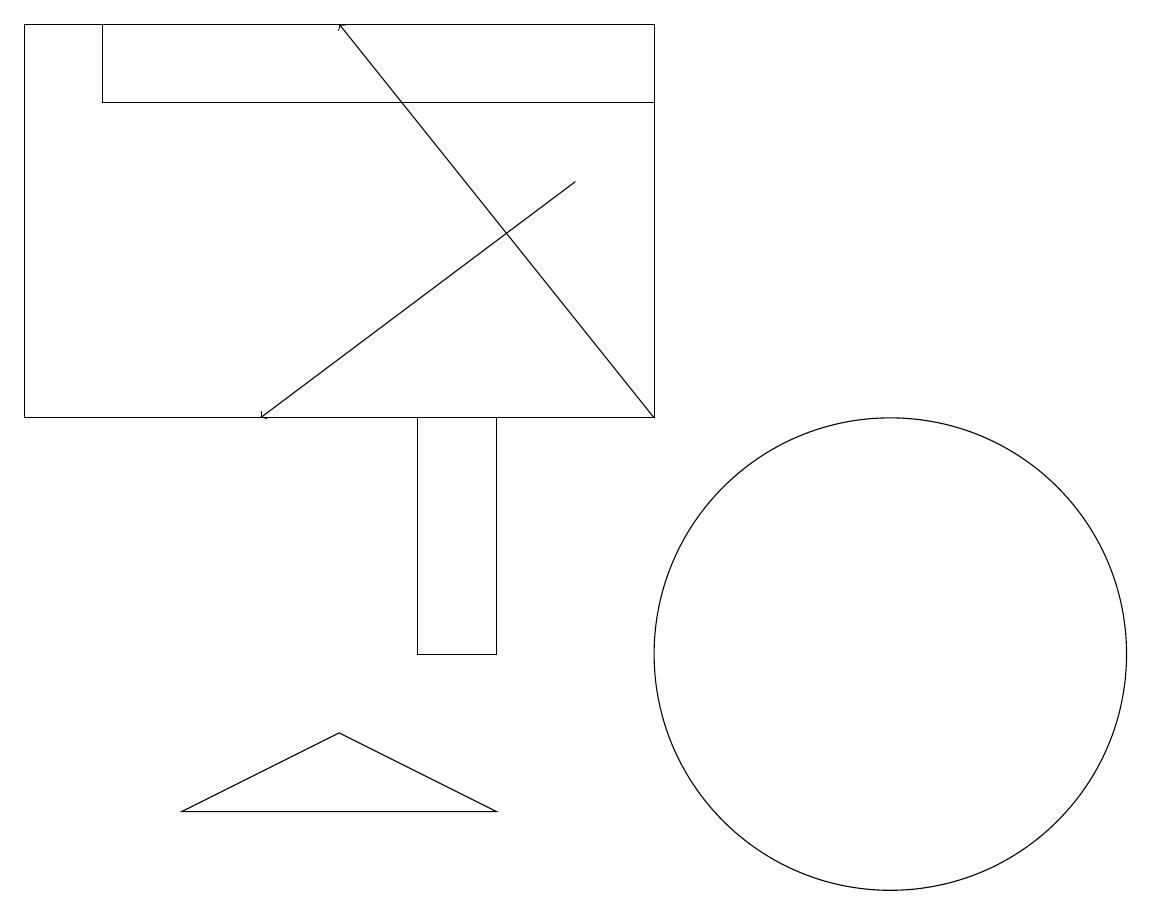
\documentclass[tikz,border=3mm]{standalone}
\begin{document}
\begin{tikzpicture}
\draw (5,10) rectangle (6,13);
\draw[->] (8,13) -- (4,18);
\draw (2,8) -- (6,8) -- (4,9) -- cycle;
\draw[->] (7,16) -- (3,13);
\draw (11,10) circle (3);
\draw (11,11) circle (0);
\draw (8,13) rectangle (0,18);
\draw (8,17) rectangle (1,18);
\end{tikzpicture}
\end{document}